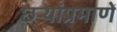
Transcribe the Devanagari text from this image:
छर्‍यांप्रमाणे